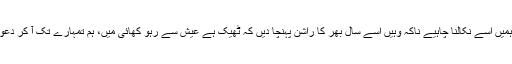
کوئی کھائی میں گرا ہو تو ہمیں اسے نکالنا چاہیے ناکہ وہیں اسے سال بھر کا راشن پہنچا دیں کہ ٹھیک ہے عیش سے رہو کھائی میں، ہم تمہارے تک آ کر دعوت کا کام کرتے رہیں گے۔